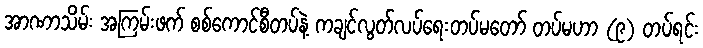
အာဏာသိမ်း အကြမ်းဖက် စစ်ကောင်စီတပ်နဲ့ ကချင်လွတ်လပ်ရေးတပ်မတော် တပ်မဟာ (၉) တပ်ရင်း